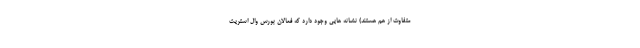
متفاوت از هم هستند) نشانه هایی وجود دارد که فعالان بورس وال استریت